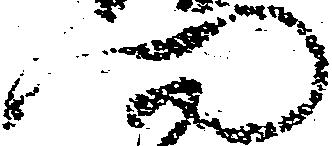
門